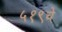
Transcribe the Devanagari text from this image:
५१९चे